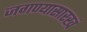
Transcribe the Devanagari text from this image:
जगण्यासारखं